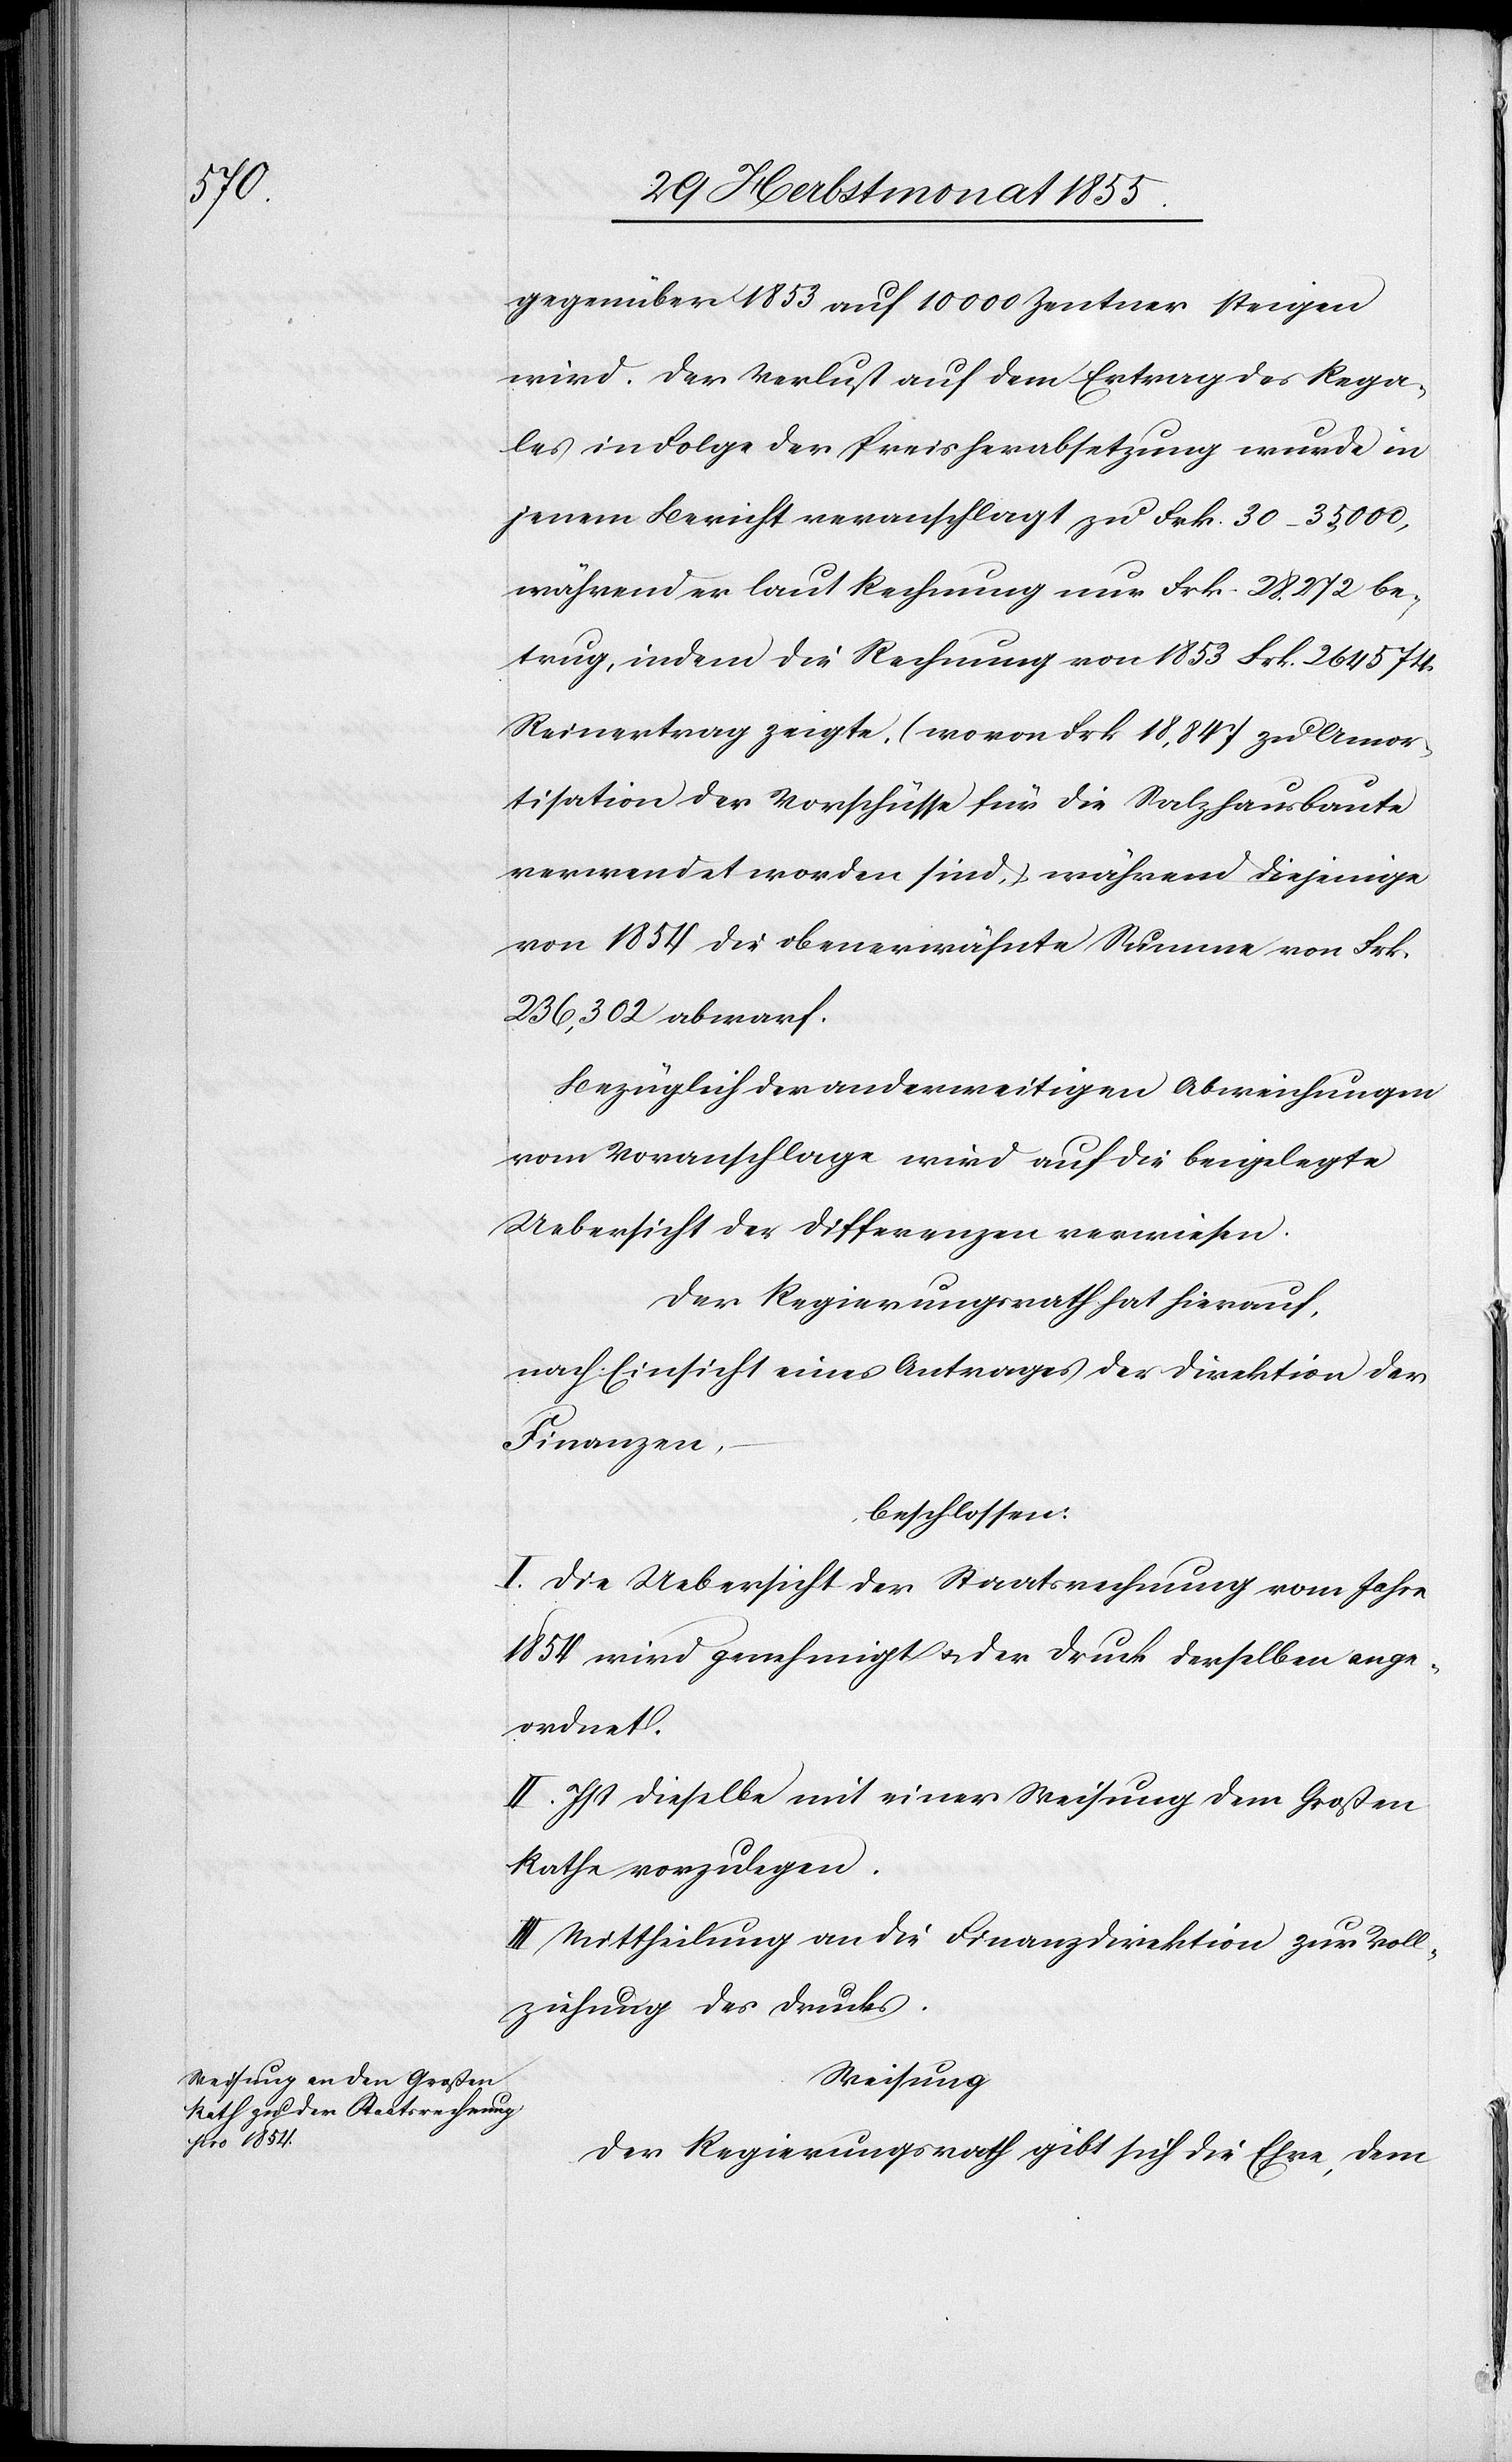
gegenüber 1853 auf 10 000 Zentner steigen
wird. Der Verlust auf dem Ertrag des Rega¬
les in Folge der Preisherabsetzung wurde in
jenem Bericht veranschlagt zu Frk. 30–35,000,
während er laut Rechnung nur Frk. 28,272 be¬
trug, indem die Rechnung von 1853 Frk. 264 574.
Reinertrag zeigte, (wovon Frk. 18,847 zu Amor¬
tisation der Vorschüsse für die Salzhausbaute
verwendet worden sind,) während diejenige
von 1854 die obenerwähnte Summe von Frk.
236,302 abwarf.
Bezüglich der anderweitigen Abweichungen
vom Voranschlage wird auf die beigelegte
Uebersicht der Differenzen verwiesen.
Der Regierungsrath hat hierauf,
nach Einsicht eines Antrages der Direktion der
Finanzen,
beschlossen:
I. Die Uebersicht der Staatsrechnung vom Jahre
1854 wird genehmigt & der Druck derselben ange¬
ordnet.
II. Ist dieselbe mit einer Weisung dem Großen
Rathe vorzulegen.
III. Mittheilung an die Finanzdirektion zur Voll¬
ziehung des Drucks.
Weisung
Der Regierungsrath gibt sich die Ehre, dem